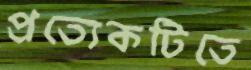
প্রত্যেকটিতে